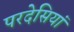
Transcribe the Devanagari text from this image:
परदेसियां